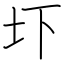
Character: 圷